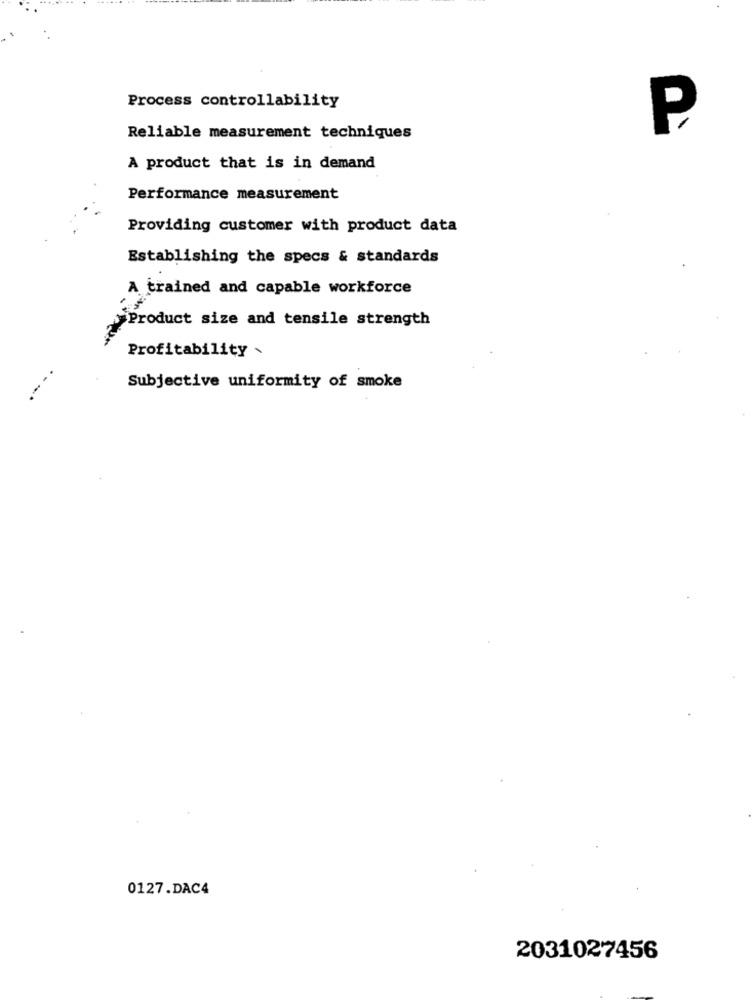
Process controllability
P
Reliable measurement techniques
A product that is in demand
Performance measurement
Providing customer with product data
Establishing the specs & standards
A trained and capable workforce
>Product size and tensile strength
Profitability .
---.
Subjective uniformity of smoke
0127.DAC4
2031027456